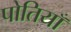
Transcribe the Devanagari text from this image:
पोतियाँ